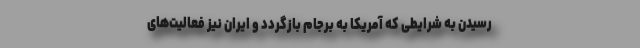
رسیدن به شرایطی که آمریکا به برجام باز‌گردد و ایران نیز فعالیت‌های